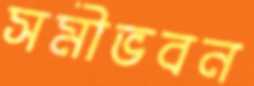
সমীভবন